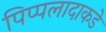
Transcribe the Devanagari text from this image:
पिप्पलादाकडे